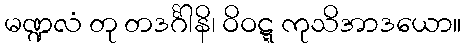
မဏ္ဍလံ တု တဒင်္ဂါနိ၊ ဝိဝဋ္ဋ ကုသိအာဒယော။